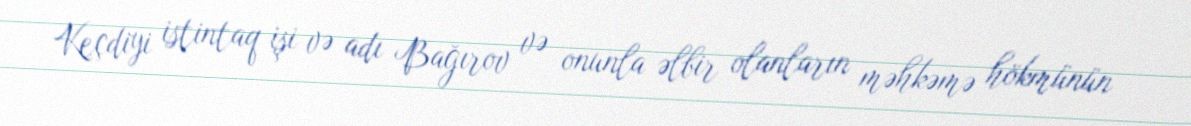
Keçdiyi istintaq işi və adı Bağırov və onunla əlbir olanların məhkəmə hökmünün